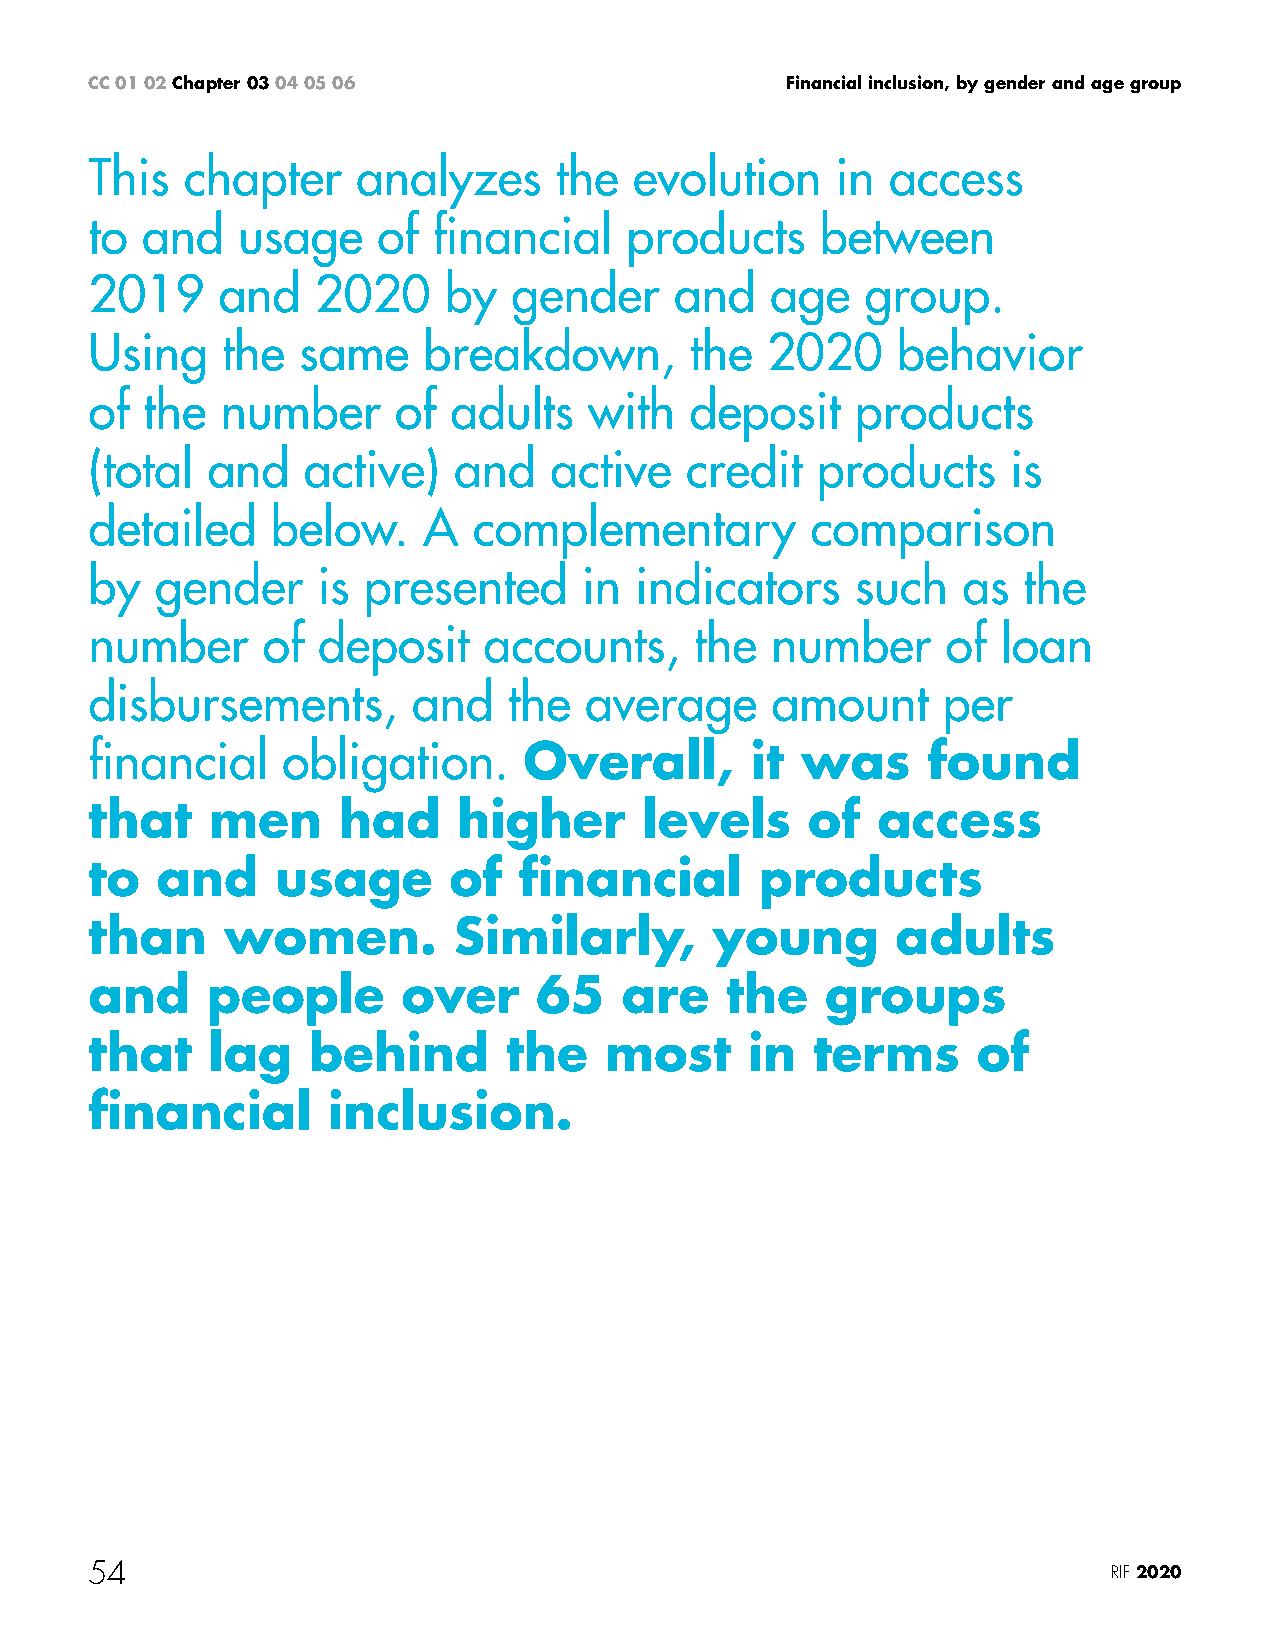
CC 01 02 Chapter 03 04 05 06                  Financial inclusion, by gender and age group
 This  chapter     analyzes     the  evolution    in  access
 to and    usage    of  financial   products     between
 2019    and    2020    by   gender     and   age   group.
 Using    the  same    breakdown,        the  2020    behavior
 of  the  number     of  adults   with   deposit    products
 (total  and   active)   and   active   credit   products     is
 detailed    below.    A  complementary          comparison
 by  gender     is presented      in indicators     such   as  the
 number     of  deposit    accounts,     the  number      of loan
 disbursements,       and    the  average     amount     per
 financial    obligation.     Overall,       it was     found
 that    men     had     higher       levels    of   access
 to  and     usage       of  financial       products
 than     women.         Similarly,       young       adults
 and     people       over    65    are    the    groups
 that    lag   behind        the   most      in  terms      of
 financial       inclusion.
 54                                                                  RIF 2020